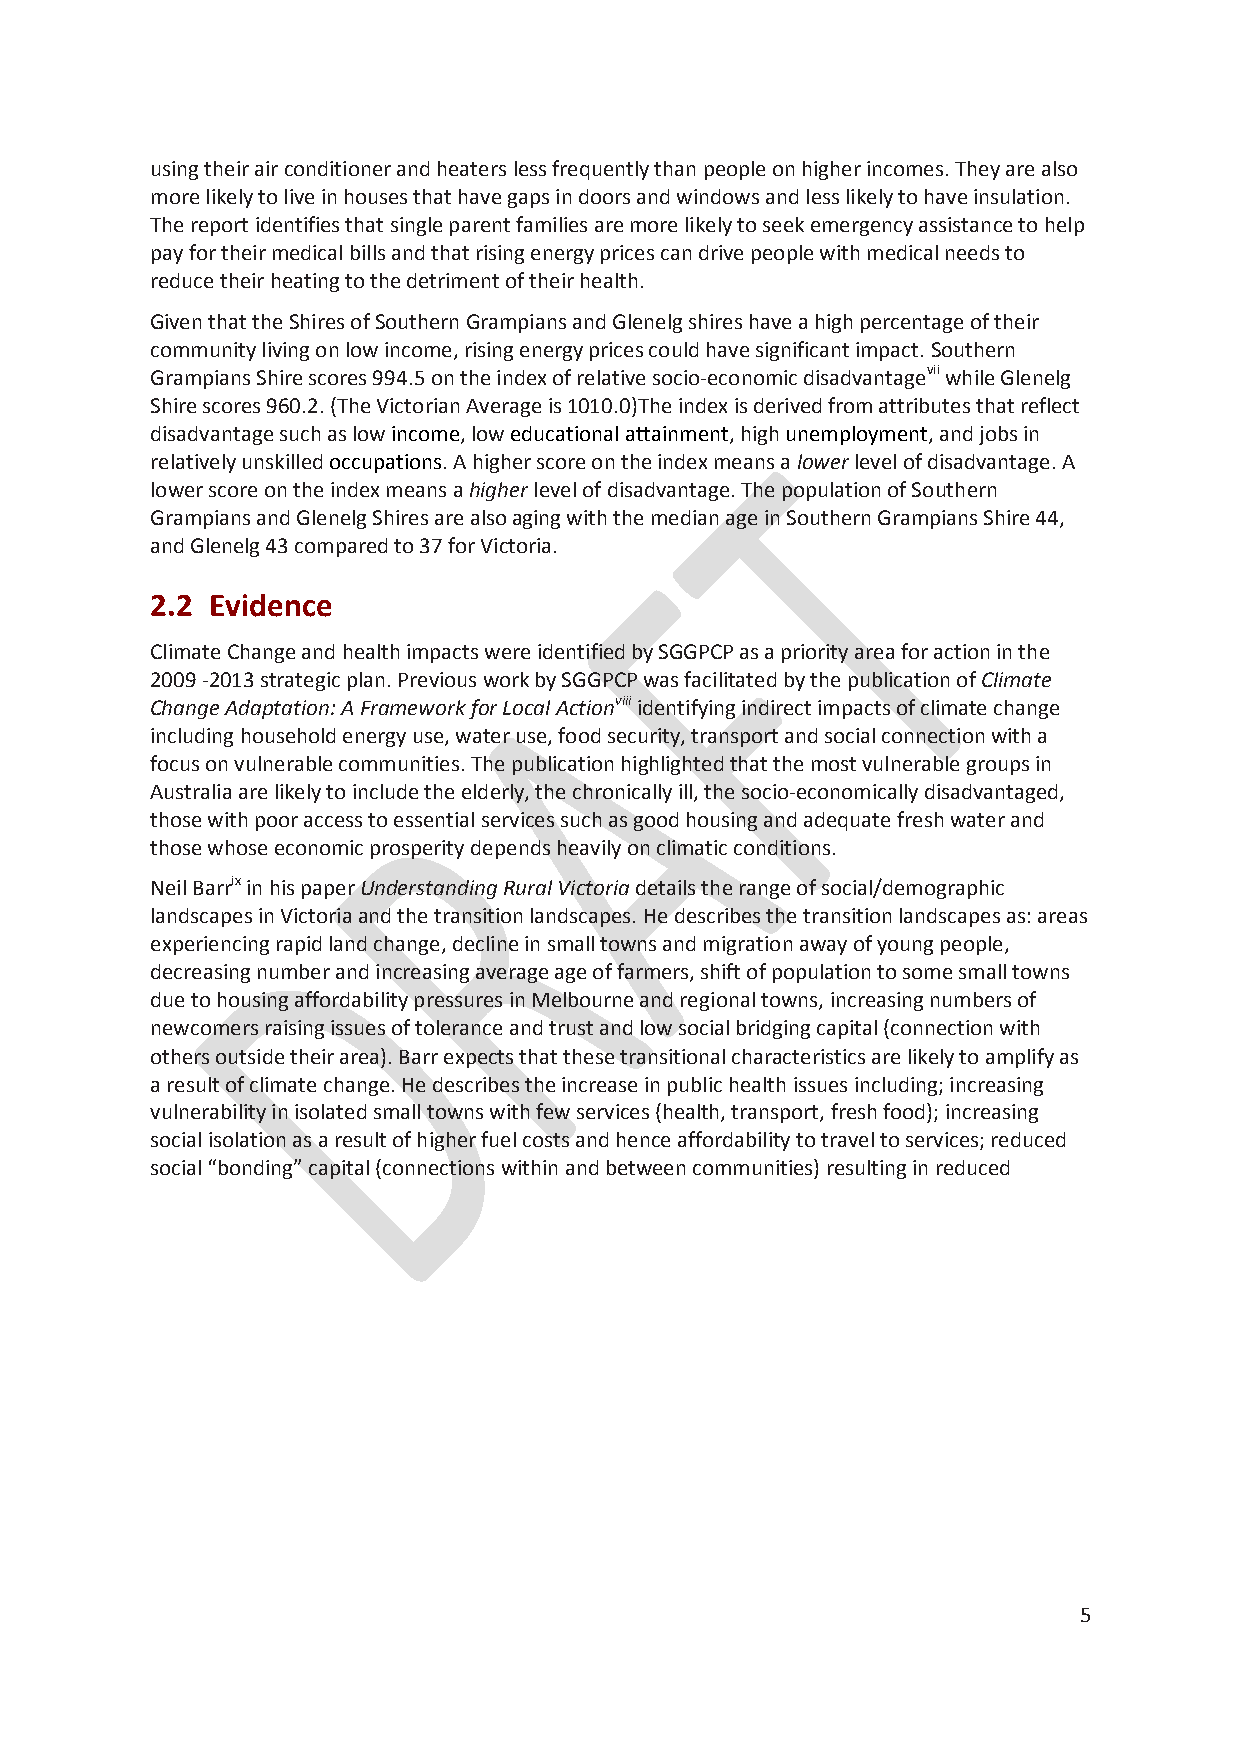
using their air conditioner and heaters less frequently than people on higher incomes. They are also
 more likely to live in houses that have gaps in doors and windows and less likely to have insulation.
 The report identifies that single parent families are more likely to seek emergency assistance to help
 pay for their medical bills and that rising energy prices can drive people with medical needs to
 reduce their heating to the detriment of their health.
 Given that the Shires of Southern Grampians and Glenelg shires have a high percentage of their
 community living on low income, rising energy prices could have significant impact. Southern
 Grampians Shire scores 994.5 on the index of relative socio-economic disadvantagevii while Glenelg
 Shire scores 960.2. (The Victorian Average is 1010.0)The index is derived from attributes that reflect
 disadvantage such as low income, low educational attainment, high unemployment, and jobs in
 relatively unskilled occupations. A higher score on the index means a lower level of disadvantage. A
 lower score on the index means a higher level of disadvantage. The population of Southern
 Grampians and Glenelg Shires are also aging with the median age in Southern Grampians Shire 44,
 and Glenelg 43 compared to 37 for Victoria.
 2.2 Evidence
 Climate Change and health impacts were identified by SGGPCP as a priority area for action in the
 2009 -2013 strategic plan. Previous work by SGGPCP was facilitated by the publication of Climate
 Change Adaptation: A Framework for Local Actionviii identifying indirect impacts of climate change
 including household energy use, water use, food security, transport and social connection with a
 focus on vulnerable communities. The publication highlighted that the most vulnerable groups in
 Australia are likely to include the elderly, the chronically ill, the socio-economically disadvantaged,
 those with poor access to essential services such as good housing and adequate fresh water and
 those whose economic prosperity depends heavily on climatic conditions.
 Neil Barrix in his paper Understanding Rural Victoria details the range of social/demographic
 landscapes in Victoria and the transition landscapes. He describes the transition landscapes as: areas
 experiencing rapid land change, decline in small towns and migration away of young people,
 decreasing number and increasing average age of farmers, shift of population to some small towns
 due to housing affordability pressures in Melbourne and regional towns, increasing numbers of
 newcomers raising issues of tolerance and trust and low social bridging capital (connection with
 others outside their area). Barr expects that these transitional characteristics are likely to amplify as
 a result of climate change. He describes the increase in public health issues including; increasing
 vulnerability in isolated small towns with few services (health, transport, fresh food); increasing
 social isolation as a result of higher fuel costs and hence affordability to travel to services; reduced
 social “bonding” capital (connections within and between communities) resulting in reduced
 5